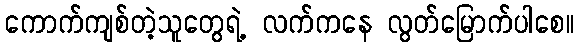
ကောက်ကျစ်တဲ့သူတွေရဲ့ လက်ကနေ လွတ်မြောက်ပါစေ။